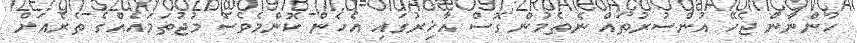
ހުންނާން ޖެހޭ އުންސުރުތައް ނެތެމުން ގޮސް އާޚިރުގައި އެހެން ކޮންމެވެސް މުޖުތަމައެއްގެ ތެރެއަށް